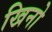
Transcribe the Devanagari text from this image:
खिनो